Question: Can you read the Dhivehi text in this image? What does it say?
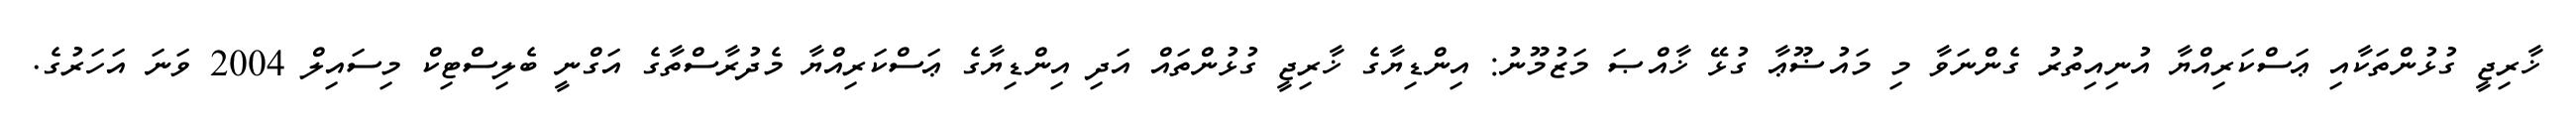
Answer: ޚާރިޖީ ގުޅުންތަކާއި ޢަސްކަރިއްޔާ އުނިއިތުރު ގެންނަވާ މި މައުޟޫޢާ ގުޅޭ ޚާއްޞަ މަޒުމޫނު: އިންޑިޔާގެ ޚާރިޖީ ގުޅުންތައް އަދި އިންޑިޔާގެ ޢަސްކަރިއްޔާ މެދުރާސްތާގެ އަގްނީ ބެލިސްޓިކް މިސައިލް 2004 ވަނަ އަހަރުގެ.